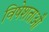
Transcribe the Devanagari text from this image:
विषेशताऔ